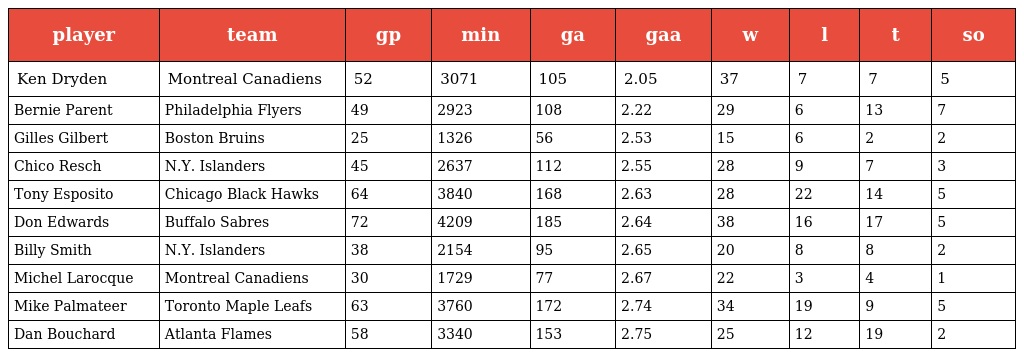
| player | team | gp | min | ga | gaa | w | l | t | so |
 | --- | --- | --- | --- | --- | --- | --- | --- | --- | --- |
 | Ken Dryden | Montreal Canadiens | 52 | 3071 | 105 | 2.05 | 37 | 7 | 7 | 5 |
 | Bernie Parent | Philadelphia Flyers | 49 | 2923 | 108 | 2.22 | 29 | 6 | 13 | 7 |
 | Gilles Gilbert | Boston Bruins | 25 | 1326 | 56 | 2.53 | 15 | 6 | 2 | 2 |
 | Chico Resch | N.Y. Islanders | 45 | 2637 | 112 | 2.55 | 28 | 9 | 7 | 3 |
 | Tony Esposito | Chicago Black Hawks | 64 | 3840 | 168 | 2.63 | 28 | 22 | 14 | 5 |
 | Don Edwards | Buffalo Sabres | 72 | 4209 | 185 | 2.64 | 38 | 16 | 17 | 5 |
 | Billy Smith | N.Y. Islanders | 38 | 2154 | 95 | 2.65 | 20 | 8 | 8 | 2 |
 | Michel Larocque | Montreal Canadiens | 30 | 1729 | 77 | 2.67 | 22 | 3 | 4 | 1 |
 | Mike Palmateer | Toronto Maple Leafs | 63 | 3760 | 172 | 2.74 | 34 | 19 | 9 | 5 |
 | Dan Bouchard | Atlanta Flames | 58 | 3340 | 153 | 2.75 | 25 | 12 | 19 | 2 |